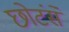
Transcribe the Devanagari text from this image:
छोटंसे